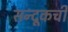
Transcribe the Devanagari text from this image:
सन्दूकची